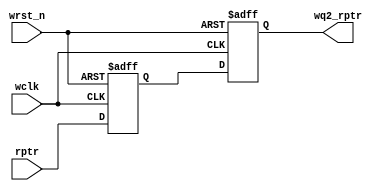
//****************************************************************************//
//# @Author: 
//# @Date:   2019-04-07 03:20:23
//# @Last Modified by:   zlk
//# @WeChat Official Account: OpenFPGA
//# @Last Modified time: 2019-08-25 01:13:15
//# Description: 
//# @Modification History: 2018-05-28 20:25:36
//# Date			    By			   Version			   Change Description: 
//# ========================================================================= #
//# 2018-05-28 20:25:36
//# ========================================================================= #
//# |                                          								| #
//# |                                OpenFPGA     							| #
//****************************************************************************//
`timescale 1ns / 1ps

module sync_r2w
#(
    parameter ADDRSIZE = 4
)
(
    output reg [ADDRSIZE:0] wq2_rptr,   //
    input      [ADDRSIZE:0] rptr,       //  
    input                   wclk, wrst_n
);
 
reg [ADDRSIZE:0] wq1_rptr;
 
  always @(posedge wclk or negedge wrst_n)   
      if (!wrst_n) begin
          wq1_rptr <= 0;          
          wq2_rptr <= 0;
      end           
      else begin        
          wq1_rptr<= rptr;
          wq2_rptr<=wq1_rptr;
      end          
  endmodule